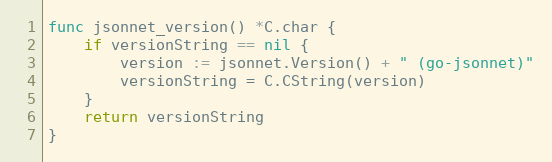
Language: Go
func jsonnet_version() *C.char {
	if versionString == nil {
		version := jsonnet.Version() + " (go-jsonnet)"
		versionString = C.CString(version)
	}
	return versionString
}